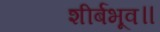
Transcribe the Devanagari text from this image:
शीर्बभूव॥